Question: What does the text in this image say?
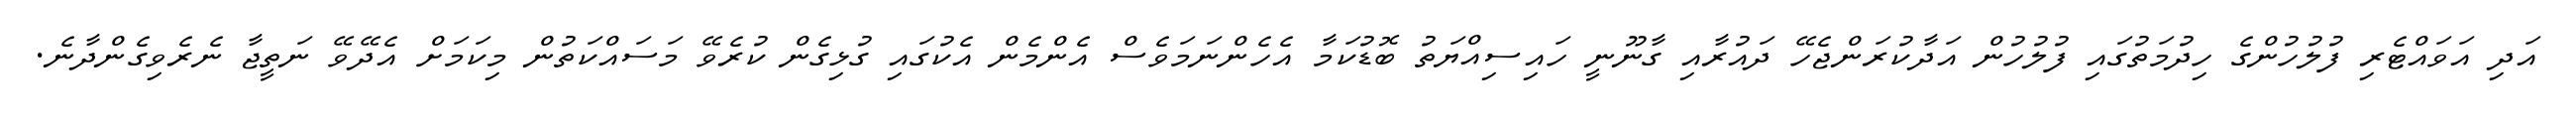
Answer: އަދި އަވައްޓެރި ފުލުހުންގެ ހިދުމަތުގައި ފުލުހުން އަދާކުރަންޖެހޭ ދައުރާއި ގާނޫނީ ހައިސިއްޔަތު ބޮޑުކަމާ އެހެންނަމަވެސް އެންމެން އެކުގައި ގުޅިގެން ކުރެވޭ މަސައްކަތުން މިކަމަށް އެދޭވޭ ނަތީޖާ ނެރެވިގެންދާނެ.